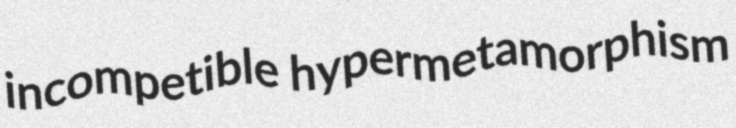
incompetible hypermetamorphism